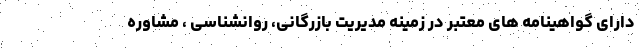
دارای گواهینامه های معتبر در زمینه مدیریت بازرگانی، روانشناسی ، مشاوره